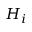
H _ { i }